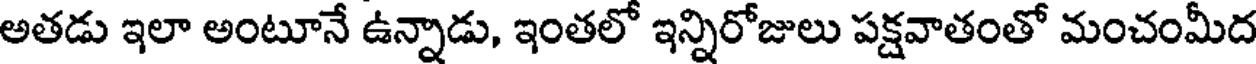
అతడు ఇలా అంటూనే ఉన్నాడు, ఇంతలో ఇన్నిరోజులు పక్షవాతంతో మంచంమీద